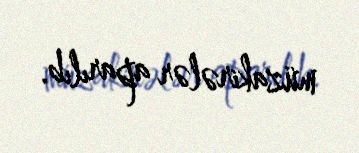
müzakirələr aparılıb.